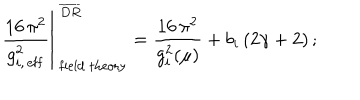
LaTeX: \left. { \frac { 1 6 \, \pi ^ { 2 } } { g _ { i , \, \mathrm { e f f } } ^ { 2 } } } \right\vert _ { \mathrm { \ f i e l d \ t h e o r y } } ^ { \ \overline { { { D R } } } } = \frac { 1 6 \, \pi ^ { 2 } } { g _ { i } ^ { 2 } ( \mu ) } + b _ { i } \, ( 2 \gamma + 2 ) \, ;